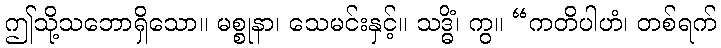
ဤသို့သဘောရှိသော။ မစ္စုနာ၊ သေမင်းနှင့်။ သဒ္ဓိံ၊ ကွ။ “ကတိပါဟံ၊ တစ်ရက်